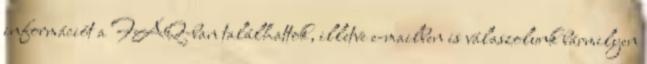
információt a FAQ-ban találhattok, illetve e-mailben is válaszolunk bármilyen